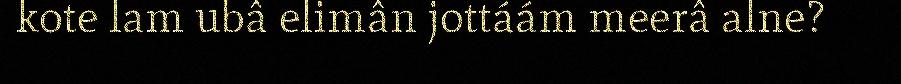
kote lam ubâ elimân jottáám meerâ alne?